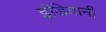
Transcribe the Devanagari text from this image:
इंडियानी